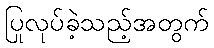
ပြုလုပ်ခဲ့သည့်အတွက်